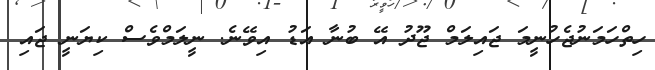
ހިތްހަމަނުޖެހުނީމަ ޖައިލަމް ޖޫދު އޭ ބުނާ އަޑު އިވޭނެ. ނީލަމްވެސް ކިޔަނީ ޖައި